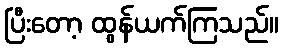
ပြီးတော့ ထွန်ယက်ကြသည်။